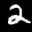
Label: 2